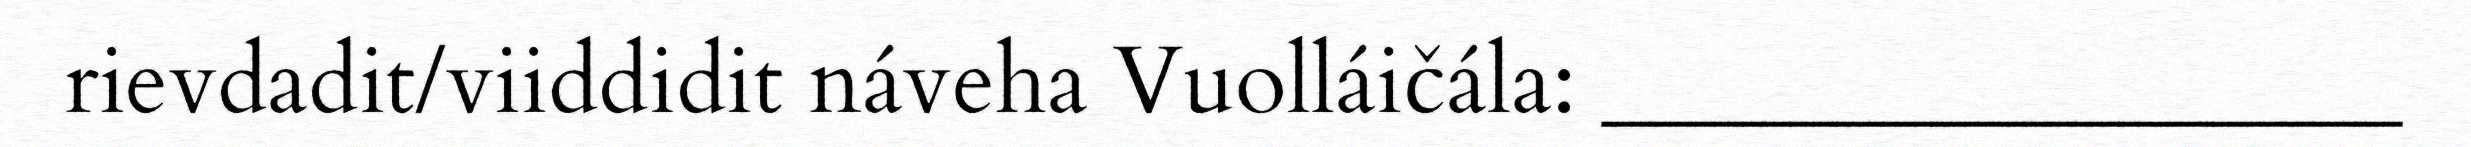
rievdadit/viiddidit náveha Vuolláičála: _________________